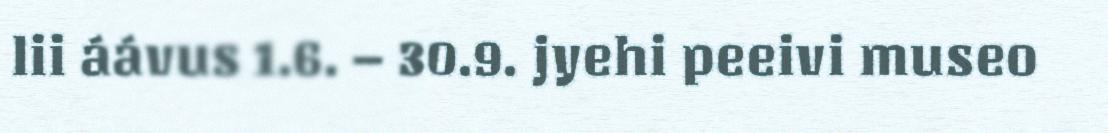
lii áávus 1.6. – 30.9. jyehi peeivi museo